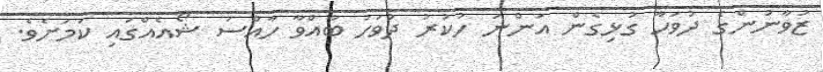
ޒުވާނުންގެ ދުވަހާ ގުޅިގެން އަންނަ ހުކުރު ދުވަހު ބާއްވާ ހާއްސަ ޝޯއެއްގައި ކަމަށެވެ.